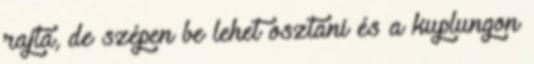
rajta, de szépen be lehet osztani és a kuplungon